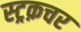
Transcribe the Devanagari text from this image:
स्ट्रक़चर